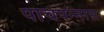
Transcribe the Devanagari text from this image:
पाचपन्नास